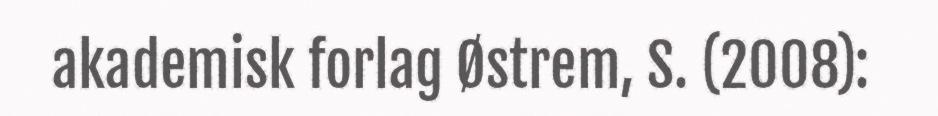
akademisk forlag Østrem, S. (2008):